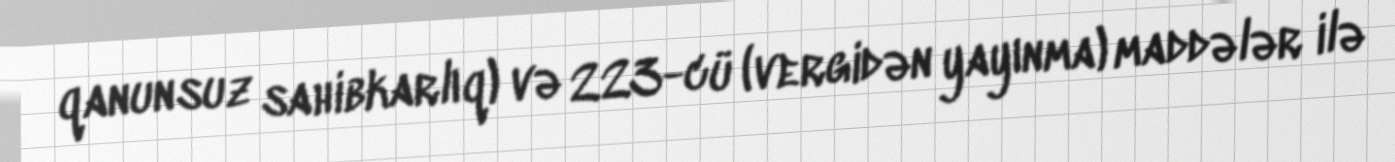
qanunsuz sahibkarlıq) və 223-cü (vergidən yayınma) maddələr ilə